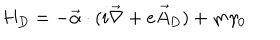
H _ { D } = - \vec { \alpha } \cdot ( i \vec { \nabla } + e \vec { A } _ { D } ) + m \gamma _ { 0 }